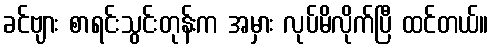
ခင်ဗျား စာရင်းသွင်းတုန်းက အမှား လုပ်မိလိုက်ပြီ ထင်တယ်။